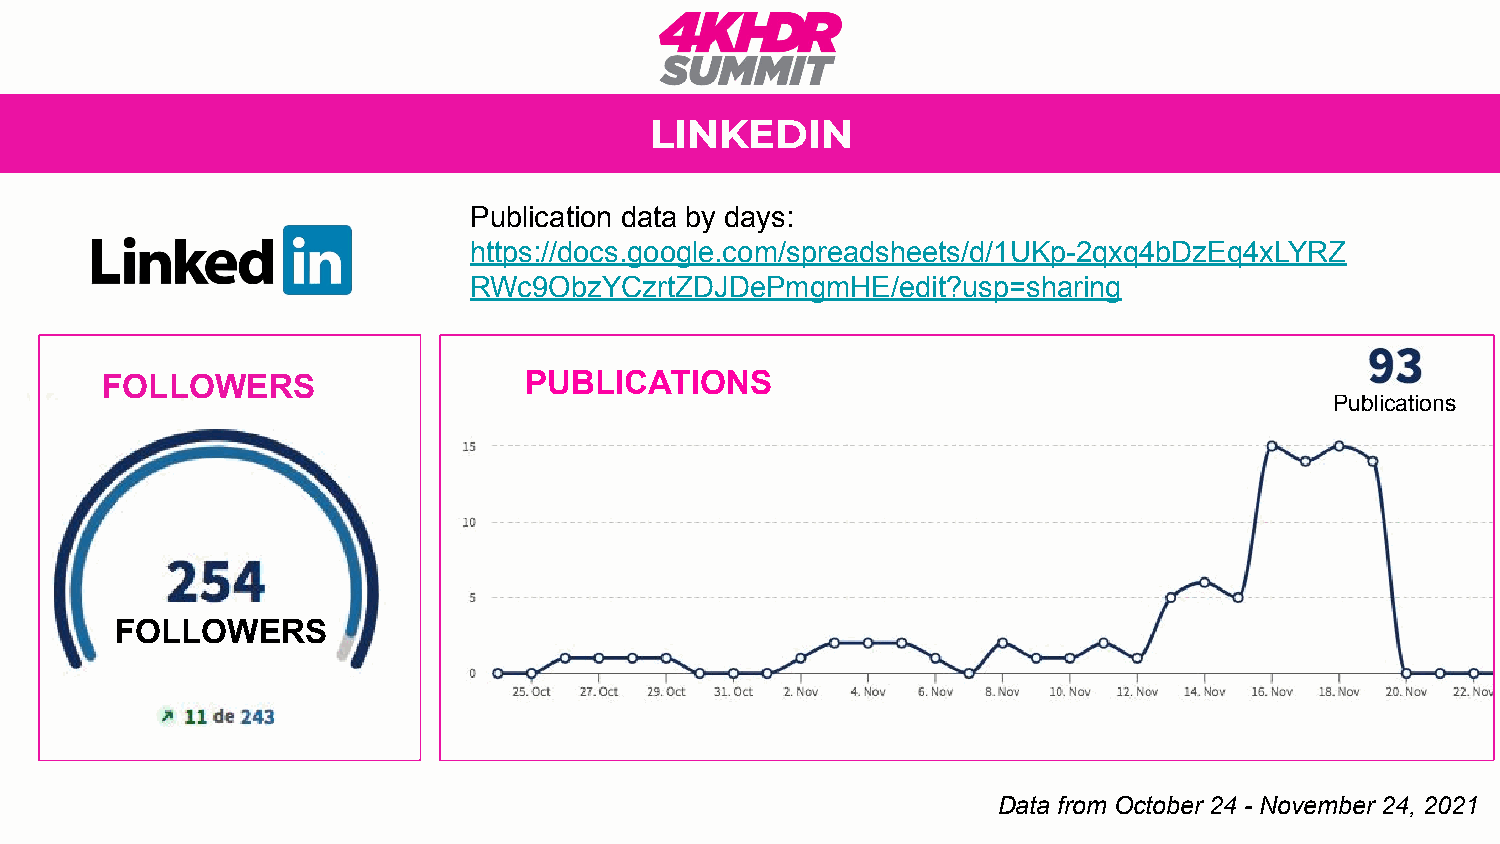
LINKEDIN
 Publication data by days:
 https://docs.google.com/spreadsheets/d/1UKp-2qxq4bDzEq4xLYRZ
 RWc9ObzYCzrtZDJDePmgmHE/edit?usp=sharing
 FOLLOWERS                   PUBLICATIONS
 Publications
 FOLLOWERS
 Data from October 24 - November 24, 2021